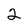
Character: 2